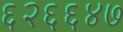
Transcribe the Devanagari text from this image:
६२६६४७